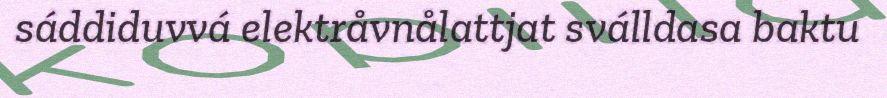
sáddiduvvá elektråvnålattjat sválldasa baktu